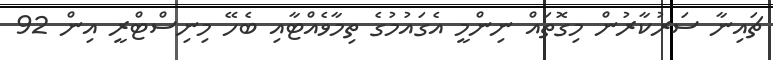
ޗައިނާ ސަރުކާރުން މިގޮތައް ނިންމީ އެގައުމުގެ ތިމާވެއްޓާއި ބެހޭ މިނިސްޓްރީ އިން 92